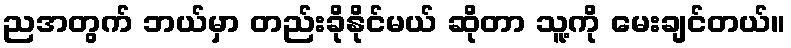
ညအတွက် ဘယ်မှာ တည်းခိုနိုင်မယ် ဆိုတာ သူ့ကို မေးချင်တယ်။